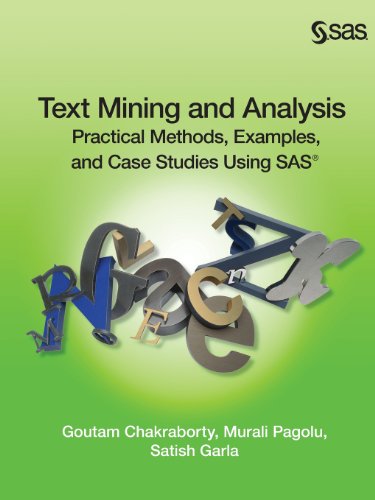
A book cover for Text Mining and Analysis: Practical Methods, Examples, and Case Studies Using SAS; Goutam Chakraborty; Computers & Technology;